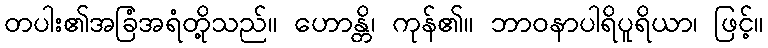
တပါး၏အခြံအရံတို့သည်။ ဟောန္တိ၊ ကုန်၏။ ဘာဝနာပါရိပူရိယာ၊ ဖြင့်။